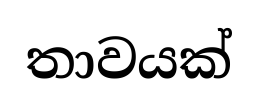
තාවයක්